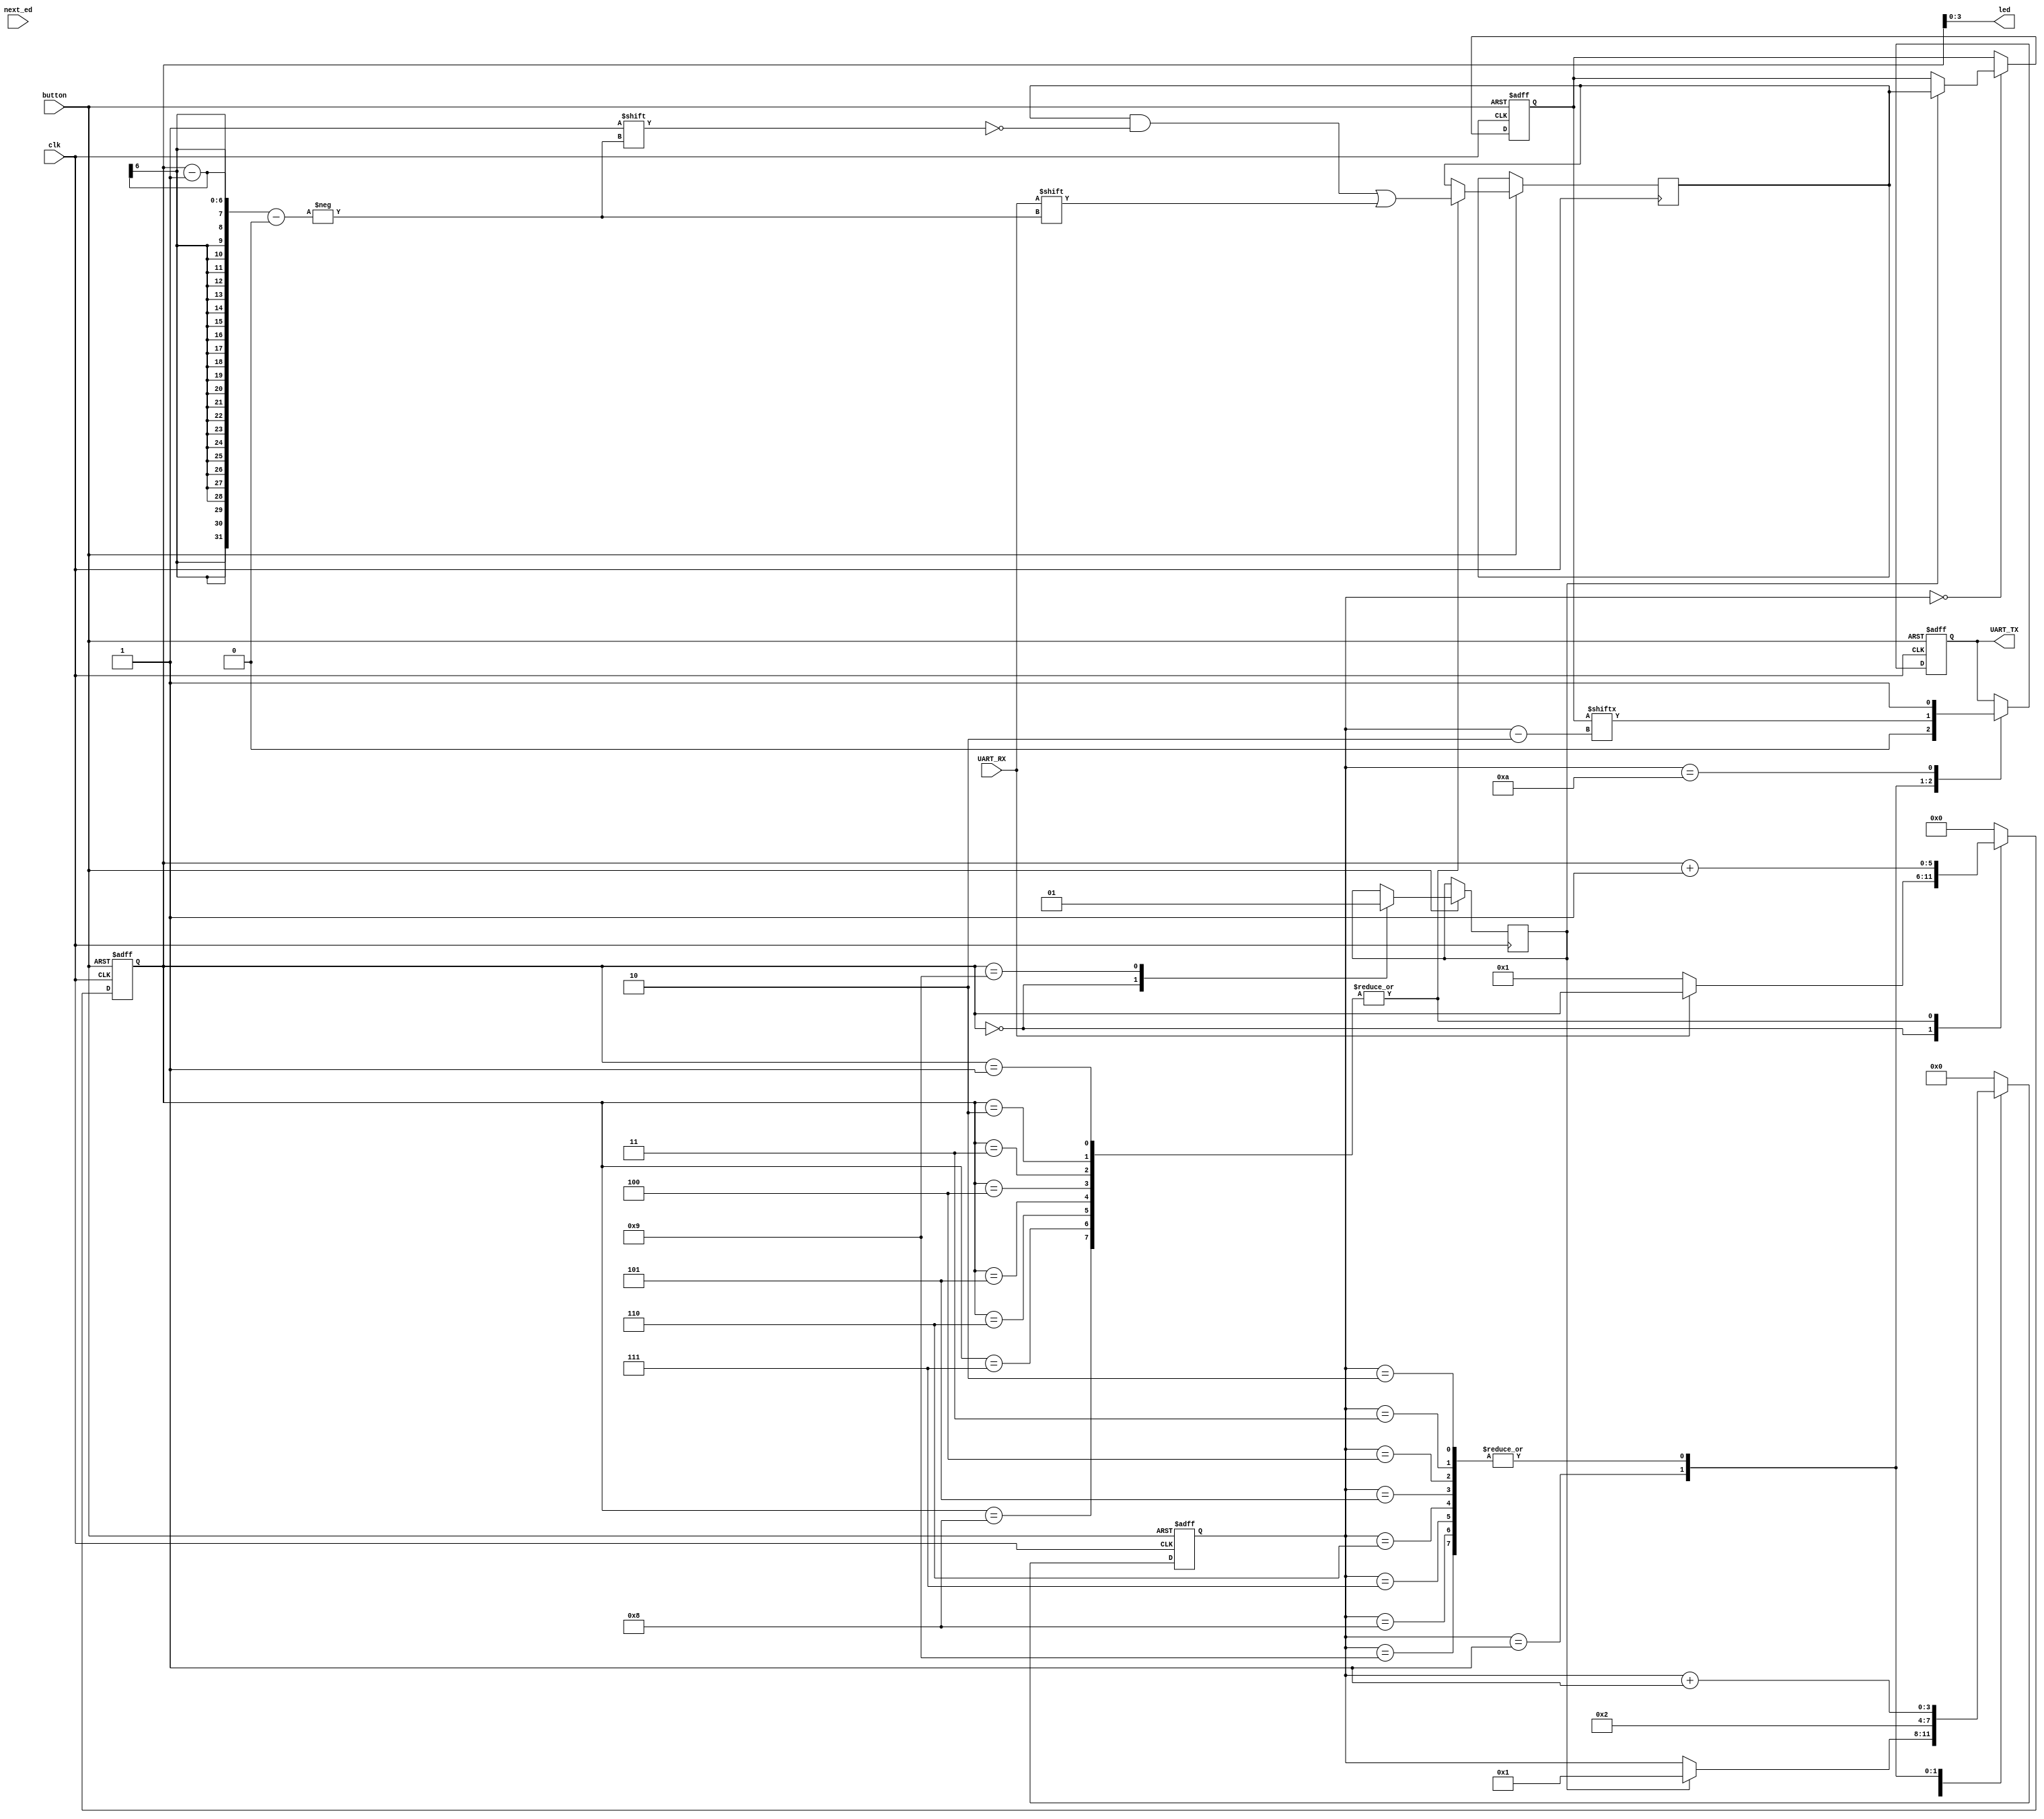
module uart(  input clk,
              input next_ed,
              input button,
              output [3:0] led,
              output reg UART_TX,   // ** These are the ports used on the de0_nano
              input  UART_RX
              );




  // Reset
  wire 					  reset;
  assign reset = ~button;

  assign led[3:0] = recieve_state;
//  assign led[2]   = UART_TX;
//  assign led[3]   = UART_RX;

// Transmit logic

  // Some register and wire declarations
  reg [3:0] transmit_state;
  reg [7:0] transmit_data;
  reg 	     key1_reg;
  reg [3:0] word_state;

  always @(posedge clk or posedge reset) begin
 	  if (reset) begin
 	     // Reset to the "IDLE" state
 	     transmit_state <= 0;

 	     // The UART line is set to '1' when idle, or reset
 	     UART_TX <= 1;

 	     // Data we'll transmit - start at ASCII '0'
 	     transmit_data <= 8'h30;
 	  end
 	  else begin
 	     // What follows is the skeleton of the state machine to control
 	     // the bits going onto the UART transmit line.
 	     // You will want to, from the idle state:
 	     // 1. detect the pushbutton press and go to the the start bit state
 	     // 2. then the 8 data bits (LSB first)
 	     // 3. finally the stop bit
 	     // 4. return to this state ready for the next transmit
 	     case (transmit_state)
 	       0:
 		      begin
 		    // Idle state - We want to transition to the start bit state
 		    //              when the pushbutton is pressed. (A signal
 		    //              detecting this is provided - "key1_edge_detect".)
            if (write_enable == 1) begin
              transmit_state <= 1;
              transmit_data <= recieved;
            end
 		      end
 	       1:
 		      begin
 		    // Start bit state, and progress onto the next state
              UART_TX <= 0;
              transmit_state <= 2;
 		       end
 	       2,3,4,5,6,7,8,9:
 		      begin
 		    // Data bits
 		    // when transmit_state is 2 we want transmit_data[0]
 		    // when transmit_state is 3 we want transmit_data[1]
 		    // ...
 		    // when transmit_state is 9 we want transmit_data[7]
         UART_TX <= transmit_data[transmit_state - 2];
         transmit_state <= transmit_state + 1;
 		      end
 	       10:
 		      begin
 		    // Stop bit, and transition back to idle (0)
            UART_TX <= 1;
            transmit_state <= 0;
          end

 	       default:
 		       // Shouldn't reach here, but just incase, go back to idle!
 		       transmit_state <= 0;
 	     endcase
 	  end
  end

// Recieve logic

// UART_RX state machine

  reg [5:0] 	recieve_state;
  reg [7:00] 	recieved;
  reg 				write_enable;
  reg [5:0] 	transmit_data_state;

  always @(posedge clk or posedge reset) begin 		// Recieve
    if (reset) begin
     // Reset to the "IDLE" state
      recieve_state <= 0;
    end
    else begin
      case (recieve_state)

        0:
          begin
            write_enable = 0;
            if (UART_RX == 0)
              recieve_state <= 1;

          end
        1,2,3,4,5,6,7,8:
          begin
            recieved[recieve_state - 1] = UART_RX;
            recieve_state <= recieve_state + 1;

          end
        9:
          begin
            recieve_state <= 0;
            write_enable = 1;
          end
        default:
          recieve_state <= 0;
      endcase
    end
  end

endmodule